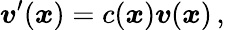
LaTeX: \boldsymbol{v}^{\prime}(\boldsymbol{x})=c(\boldsymbol{x})\boldsymbol{v}(\boldsymbol{x})\, ,